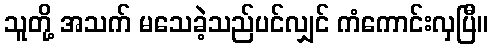
သူတို့ အသက် မသေခဲ့သည်ပင်လျှင် ကံကောင်းလှပြီ။